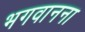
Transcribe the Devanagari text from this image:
भगवानना